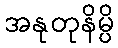
အနုတုနိမ္ပိ